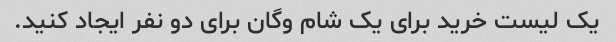
یک لیست خرید برای یک شام وگان برای دو نفر ایجاد کنید.